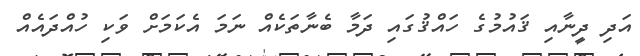
އަދި ދީނާއި ޤައުމުގެ ހައްޤުގައި ދަމާ ބެނާތަކެއް ނަމަ އެކަމަށް ވަކި ހުއްދައެއް